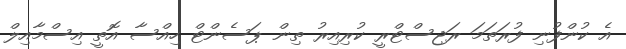
އެ ކުންފުނި ފުރަތަމަ ރަޖިސްޓްރީ ކުރިއިރު ތިން ޕަސެންޓް ހިއްސާ އޮތީ އިސްމާއިލް